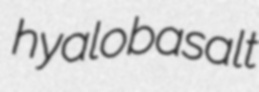
hyalobasalt